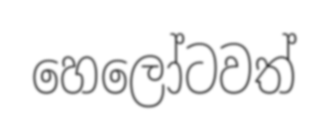
හෙලෝටවත්